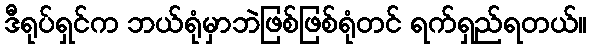
ဒီရုပ်ရှင်က ဘယ်ရုံမှာဘဲဖြစ်ဖြစ်ရုံတင် ရက်ရှည်ရတယ်။